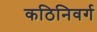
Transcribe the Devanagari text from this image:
कठिनिवर्ग